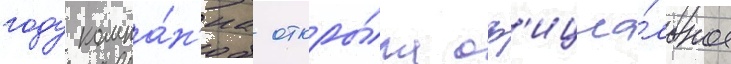
году компа́н'иа откры́ла оф'ициа́льное